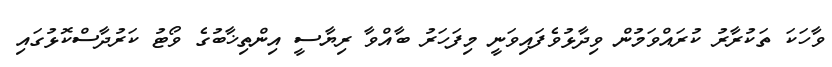
ވާހަކަ ތަކުރާރު ކުރައްވަމުން ވިދާޅުވެފައިވަނީ މިފަހަރު ބާއްވާ ރިޔާސީ އިންތިޚާބުގެ ވޯޓު ކަރުދާސްކޮޅުގައި